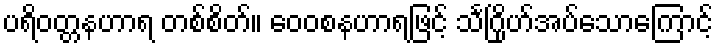
ပရိဝတ္တနဟာရ တစ်စိတ်။ ဝေဝစနဟာရဖြင့် သင်္ဂြိုဟ်အပ်သောကြောင့်